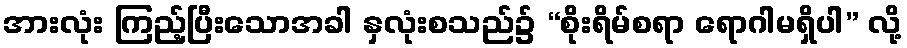
အားလုံး ကြည့်ပြီးသောအခါ နှလုံးစသည်၌ “စိုးရိမ်စရာ ရောဂါမရှိပါ” လို့